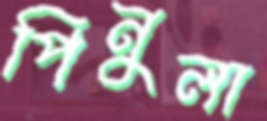
পিনুলা